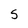
Character: s